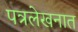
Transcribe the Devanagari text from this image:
पत्रलेखनात